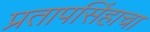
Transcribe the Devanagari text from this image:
प्रतापसिंहाचा